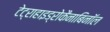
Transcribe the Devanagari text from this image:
टेट्राहाइड्रोकैनाबिनॉल